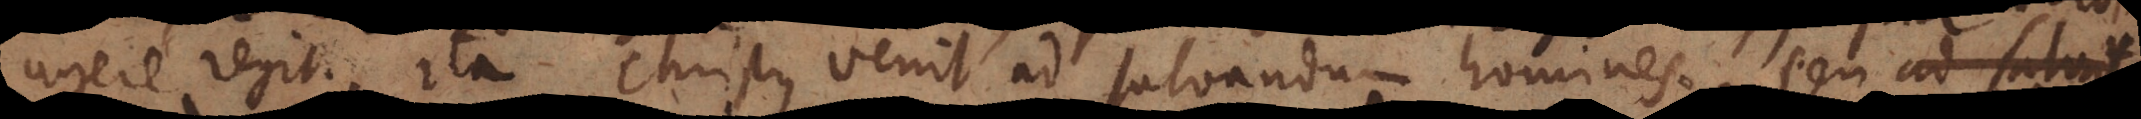
agere regit. Ita Christus venit ad salvandum homines, seu ad s